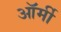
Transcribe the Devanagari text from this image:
ऑर्मी